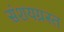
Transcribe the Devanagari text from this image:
संशयग्रस्त